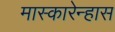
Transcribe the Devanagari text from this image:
मास्कारेन्हास